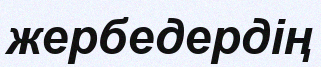
жербедердің